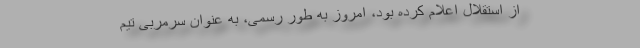
از استقلال اعلام کرده بود، امروز به طور رسمی، به عنوان سرمربی تیم